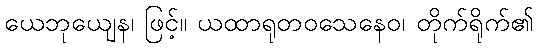
ယေဘုယျေန၊ ဖြင့်။ ယထာရုတဝသေနေဝ၊ တိုက်ရိုက်၏